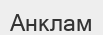
Анклам